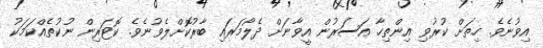
އިވުނެވެ. ހިތަށް ކުރުވި އިންތިހާ އަސަރުން އީވާނަށް ދެލޯމަރައި ބާރުކޮށްލެވުނެވެ. ކޮޓަރިން ނުކުތެއްކަމަކު